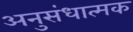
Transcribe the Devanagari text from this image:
अनुसंधात्मक